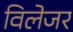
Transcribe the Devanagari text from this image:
विलेजर